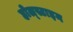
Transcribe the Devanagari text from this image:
होल्स्टाइन